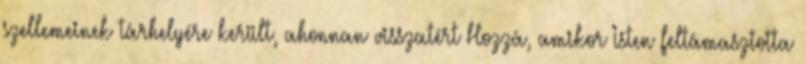
szellemeinek tárhelyére került, ahonnan visszatért Hozzá, amikor Isten feltámasztotta